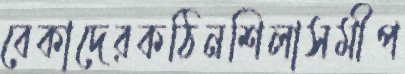
বেকাদেরকঠিনশিলাসমীপ